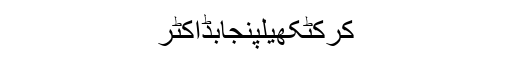
کرکٹکھیلپنجابڈاکٹر